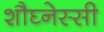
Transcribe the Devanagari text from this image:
शौघ्नेस्सी